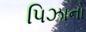
પિઝાનો